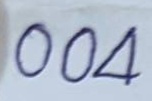
004